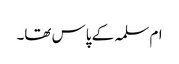
ام سلمہ کے پاس تھا۔